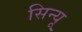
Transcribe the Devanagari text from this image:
सिन्यू